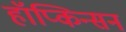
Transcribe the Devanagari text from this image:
हॉप्किन्सन